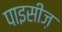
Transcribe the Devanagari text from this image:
पाइसीज़